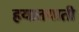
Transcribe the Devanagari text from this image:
हयातयाती